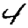
Digit: 4